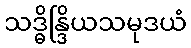
သဒ္ဓိန္ဒြိယသမုဒယံ